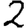
Digit: 2